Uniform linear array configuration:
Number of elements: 24
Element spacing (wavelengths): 0.25
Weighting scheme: binomial
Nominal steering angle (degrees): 15
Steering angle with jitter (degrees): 16.516
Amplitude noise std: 0.05
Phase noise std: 0.05

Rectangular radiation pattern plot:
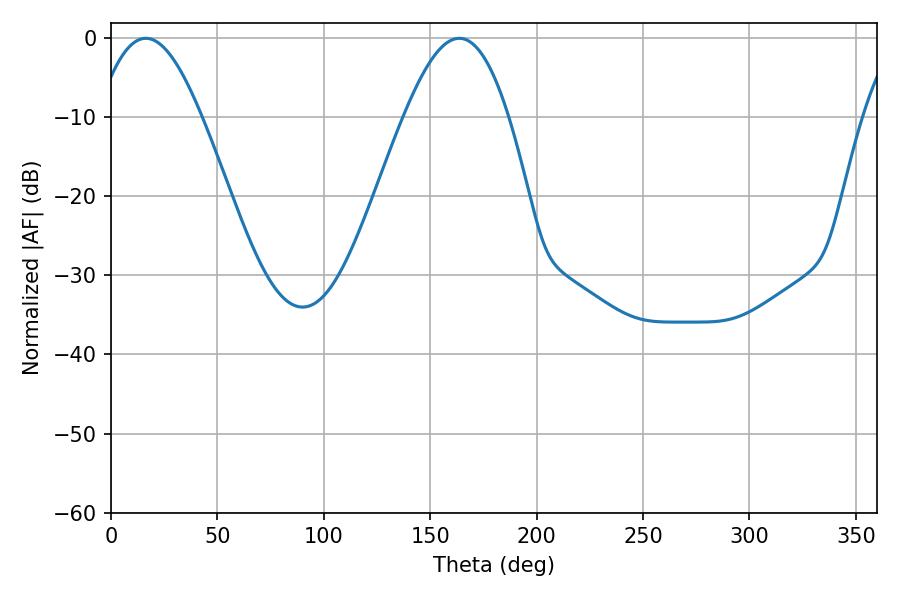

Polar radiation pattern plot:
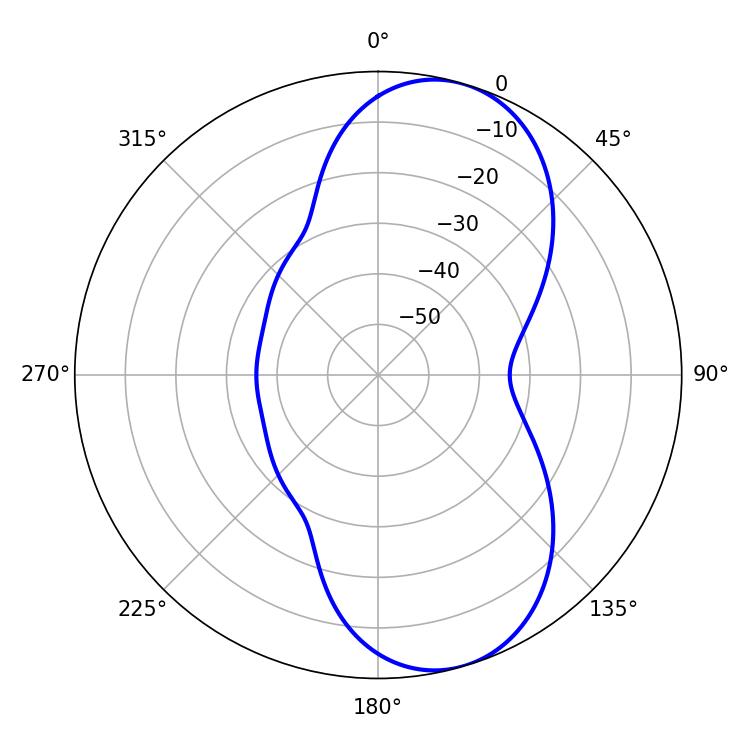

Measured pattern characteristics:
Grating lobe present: FALSE
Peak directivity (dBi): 8.311
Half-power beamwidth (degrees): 26.46
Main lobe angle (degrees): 16.38